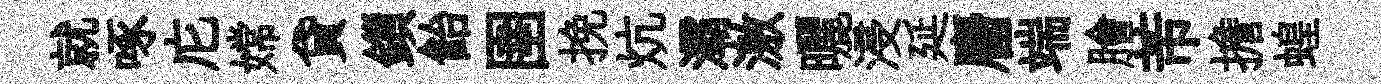
就啄庀嫦貸鎻飴圉挽炕灞激曬浸延麕端膾芾擔蝗